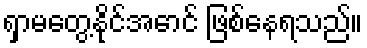
ရှာမတွေ့နိုင်အောင် ဖြစ်နေရသည်။